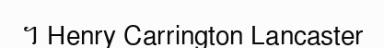
។ Henry Carrington Lancaster